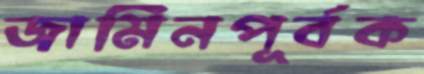
জামিনপূর্বক